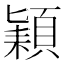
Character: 𮨍